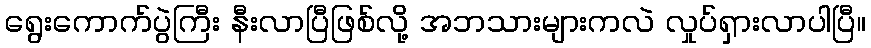
ရွေးကောက်ပွဲကြီး နီးလာပြီဖြစ်လို့ အဘသားများကလဲ လှုပ်ရှားလာပါပြီ။